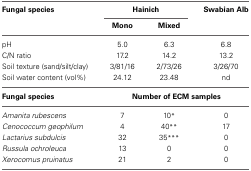
<table><thead><tr><td><b>Fungal species</b></td><td colspan="2"><b>Hainich</b></td><td><b>Swabian Alb</b></td></tr><tr><td></td><td><b>Mono</b></td><td><b>Mixed</b></td><td></td></tr></thead><tbody><tr><td>pH</td><td>5.0</td><td>6.3</td><td>6.8</td></tr><tr><td>C/N ratio</td><td>17.2</td><td>14.2</td><td>13.2</td></tr><tr><td>Soil texture (sand/silt/clay)</td><td>3/81/16</td><td>2/73/26</td><td>3/26/70</td></tr><tr><td>Soil water content (vol%)</td><td>24.12</td><td>23.48</td><td>nd</td></tr><tr><td><b>Fungal species</b></td><td colspan="3"><b>Number of ECM samples</b></td></tr><tr><td><i>Amanita rubescens</i></td><td>7</td><td>10<sup>*</sup></td><td>0</td></tr><tr><td><i>Cenococcum geophilum</i></td><td>4</td><td>40<sup>**</sup></td><td>17</td></tr><tr><td><i>Lactarius subdulcis</i></td><td>32</td><td>35<sup>***</sup></td><td>0</td></tr><tr><td><i>Russula ochroleuca</i></td><td>13</td><td>0</td><td>0</td></tr><tr><td><i>Xerocomus pruinatus</i></td><td>21</td><td>2</td><td>0</td></tr></tbody></table>